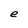
Character: e